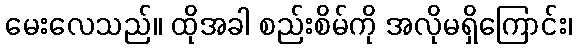
မေးလေသည်။ ထိုအခါ စည်းစိမ်ကို အလိုမရှိကြောင်း၊